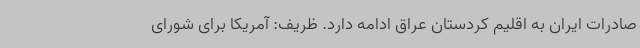
صادرات ایران به اقلیم کردستان عراق ادامه دارد. ظریف: آمریکا برای شورای